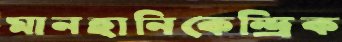
মানহানিকেন্দ্রিক